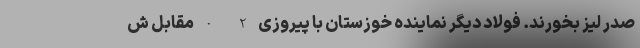
صدر لیز بخورند. فولاد دیگر نماینده خوزستان با پیروزی 2 -0 مقابل ش